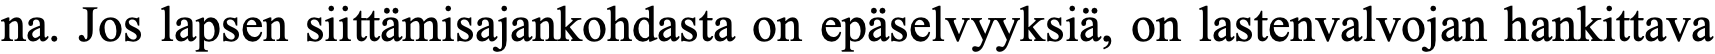
na. Jos lapsen siittämisajankohdasta on epäselvyyksiä, on lastenvalvojan hankittava